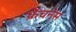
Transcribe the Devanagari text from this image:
फ्रेंचनेस